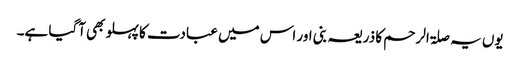
یوں یہ صلۃ الرحم کا ذریعہ بنی اور اس میں عبادت کا پہلو بھی آگیا ہے۔